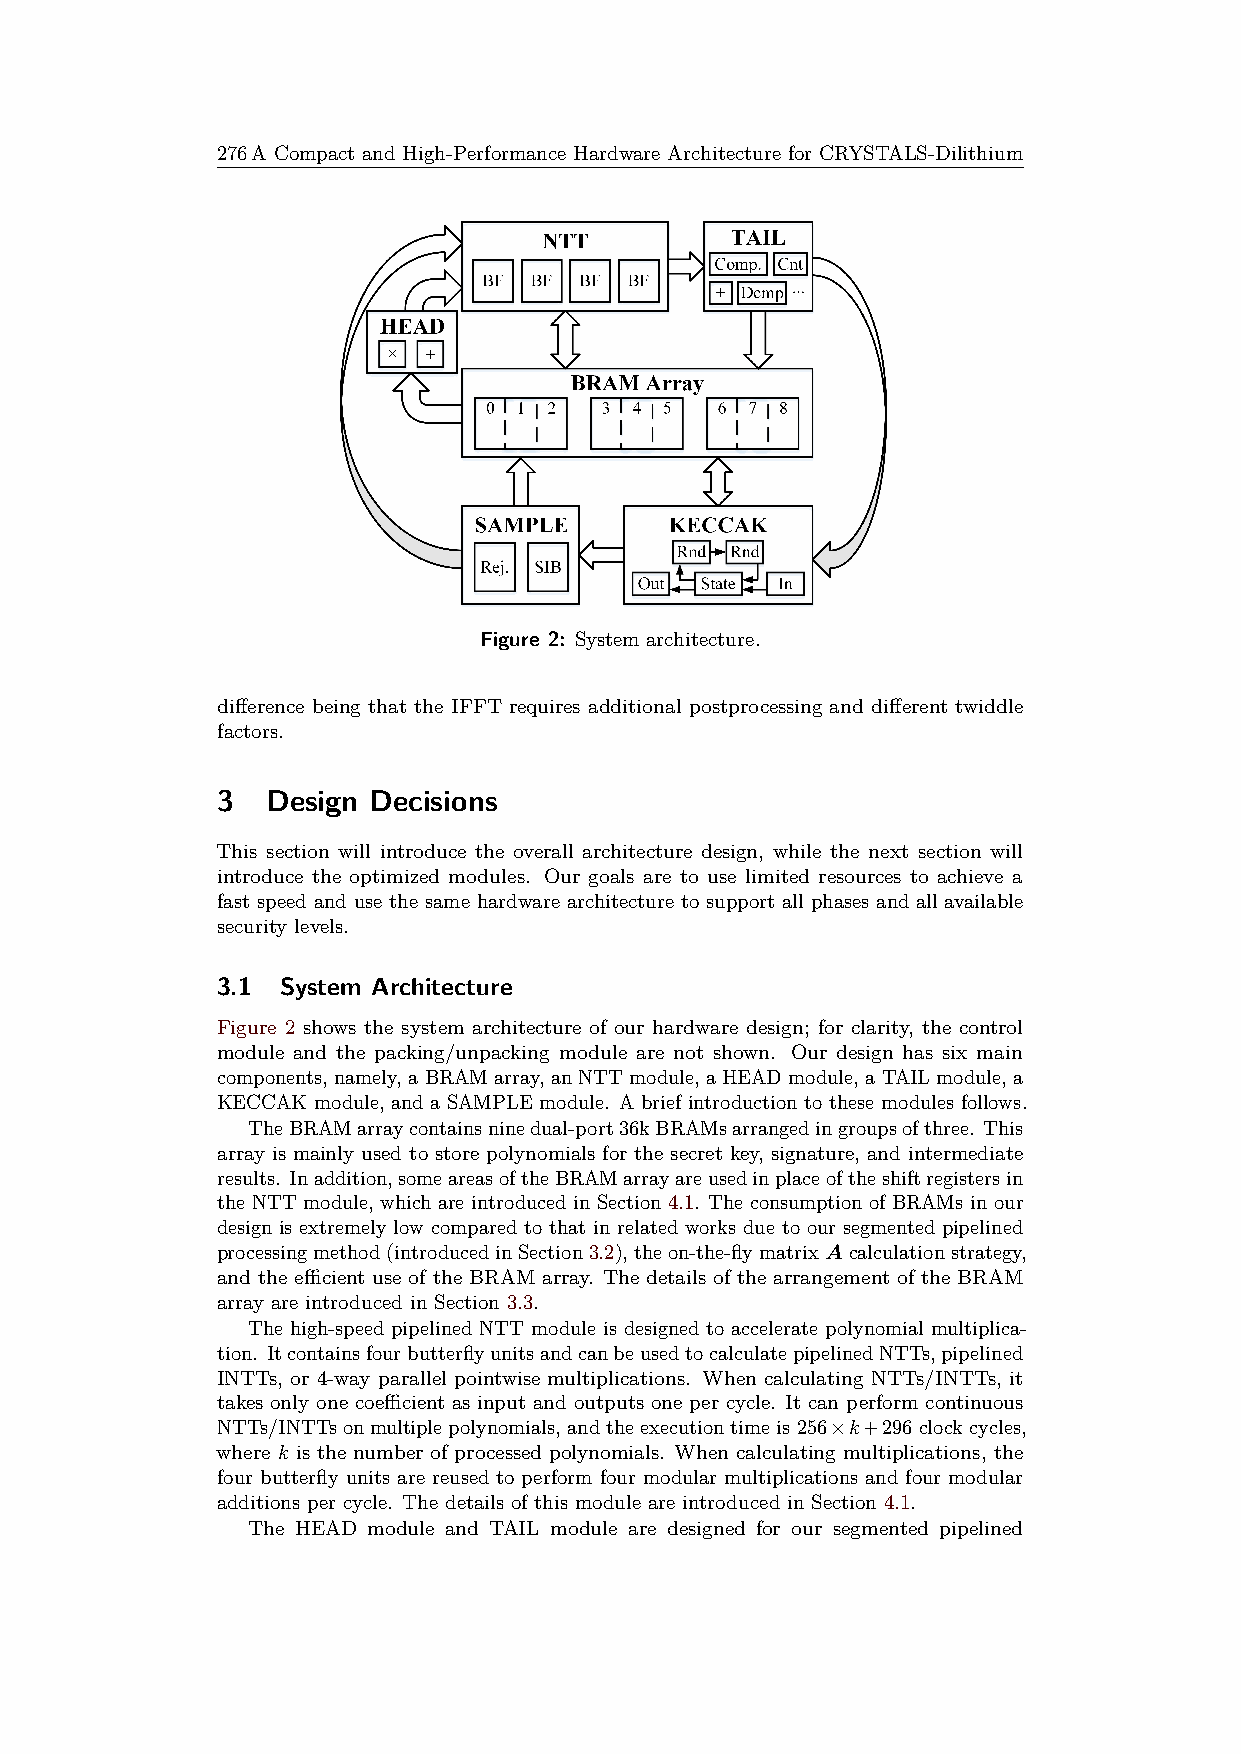
276A Compact and High-Performance Hardware Architecture for CRYSTALS-Dilithium
 Figure 2: System architecture.
 difference being that the IFFT requires additional postprocessing and different twiddle
 factors.
 3   Design Decisions
 This section will introduce the overall architecture design, while the next section will
 introduce the optimized modules. Our goals are to use limited resources to achieve a
 fast speed and use the same hardware architecture to support all phases and all available
 security levels.
 3.1  System Architecture
 Figure 2 shows the system architecture of our hardware design; for clarity, the control
 module and the packing/unpacking module are not shown. Our design has six main
 components, namely, aBRAMarray, anNTTmodule, aHEADmodule, aTAILmodule, a
 KECCAK module, and a SAMPLE module. A brief introduction to these modules follows.
 TheBRAMarraycontainsninedual-port36kBRAMsarrangedingroupsofthree. This
 array is mainly used to store polynomials for the secret key, signature, and intermediate
 results. Inaddition,someareasoftheBRAMarrayareusedinplaceoftheshiftregistersin
 the NTT module, which are introduced in Section 4.1. The consumption of BRAMs in our
 design is extremely low compared to that in related works due to our segmented pipelined
 processingmethod(introducedinSection3.2),theon-the-flymatrixAcalculationstrategy,
 and the efficient use of the BRAM array. The details of the arrangement of the BRAM
 array are introduced in Section 3.3.
 The high-speed pipelined NTT module is designed to accelerate polynomial multiplica-
 tion. ItcontainsfourbutterflyunitsandcanbeusedtocalculatepipelinedNTTs,pipelined
 INTTs, or 4-way parallel pointwise multiplications. When calculating NTTs/INTTs, it
 takes only one coefficient as input and outputs one per cycle. It can perform continuous
 NTTs/INTTsonmultiplepolynomials,andtheexecutiontimeis256×k+296clockcycles,
 where k is the number of processed polynomials. When calculating multiplications, the
 four butterfly units are reused to perform four modular multiplications and four modular
 additions per cycle. The details of this module are introduced in Section 4.1.
 The HEAD module and TAIL module are designed for our segmented pipelined